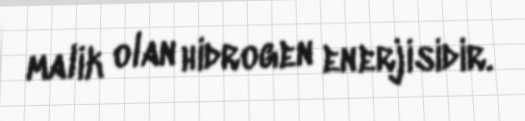
malik olan hidrogen enerjisidir.